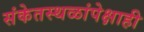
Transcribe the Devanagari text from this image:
संकेतस्थळांपेक्षाही